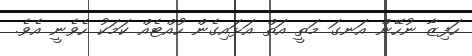
ހަފިޒާ ނުހޭން އަނގަ މަތީ އަތް އަޅައިގެން ހުއްޓެއް ކަމަކު ހެވެނީ އެވެ.